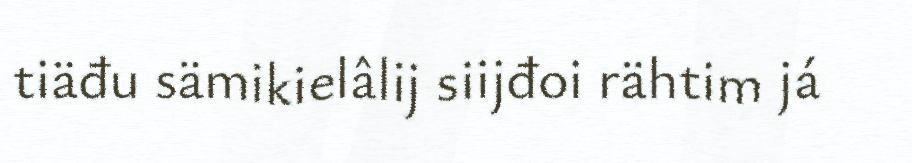
tiäđu sämikielâlij siijđoi rähtim já